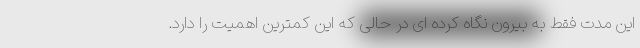
این مدت فقط به بیرون نگاه کرده ای در حالی که این کمترین اهمیت را دارد.